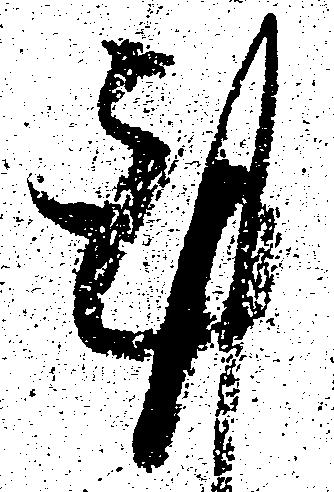
謹